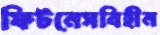
ফিটনেসবিহীন